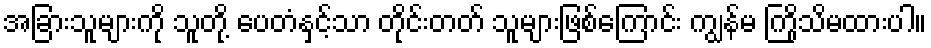
အခြားသူများကို သူတို့ ပေတံနှင့်သာ တိုင်းတတ် သူများဖြစ်ကြောင်း ကျွန်မ ကြိုသိမထားပါ။